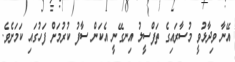
އޭނާ ވިދާޅުވީ މުސާރައިގެ ތަފްސީލު އިނގޭނީ އެކަން ސާފު ކުރުމަށް ފަހުގައި ކަަމަށެވެ.